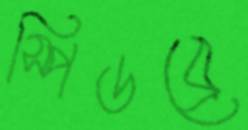
স্পিডব্রে